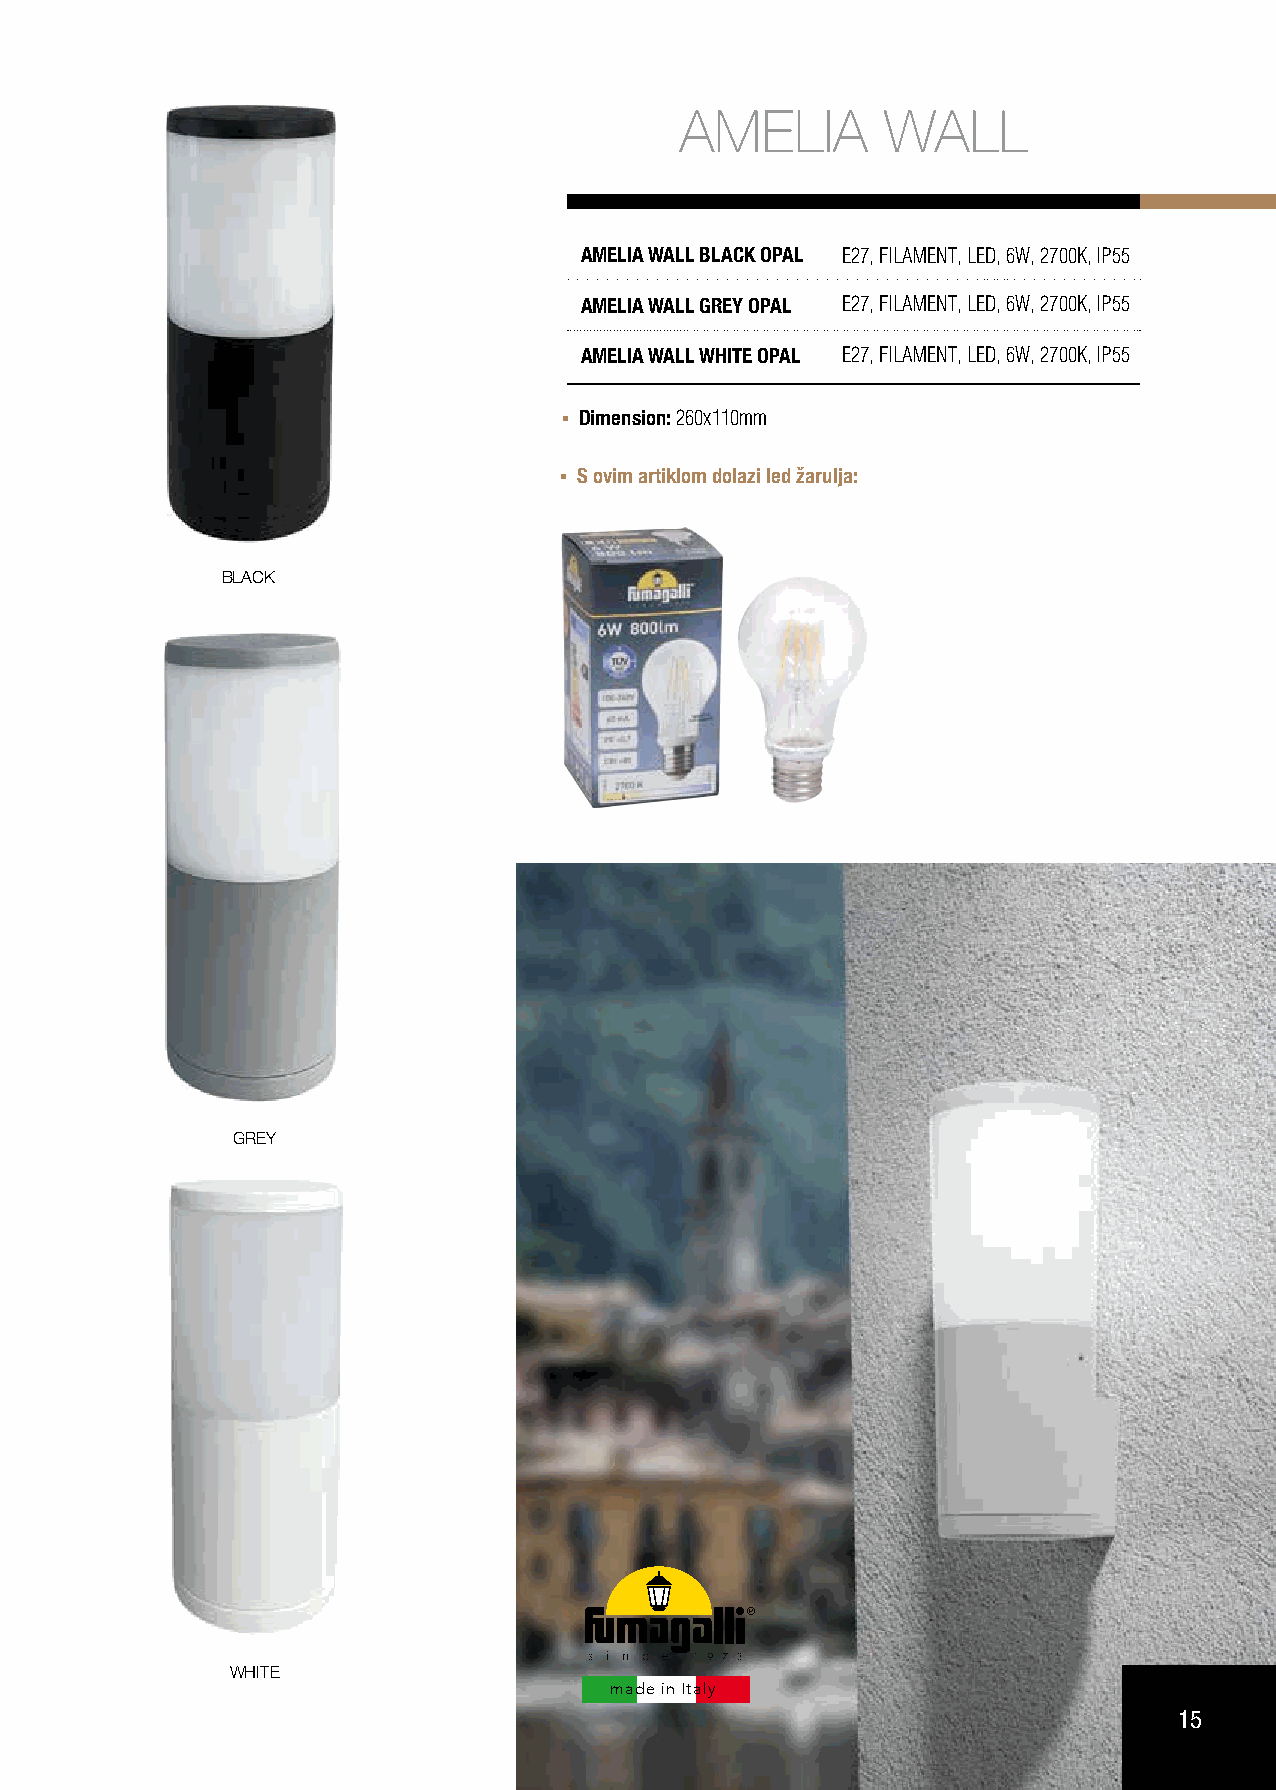
AMELIA        WALL
 AMELIA WALL BLACK OPAL E27, FILAMENT, LED, 6W, 2700K, IP55
 AMELIA WALL GREY OPAL E27, FILAMENT, LED, 6W, 2700K, IP55
 AMELIA WALL WHITE OPAL E27, FILAMENT, LED, 6W, 2700K, IP55
 Dimension: 260x110mm
 S ovim artiklom dolazi led žarulja:
 BLACK
 GREY
 WHITE
 made in Italy
 15